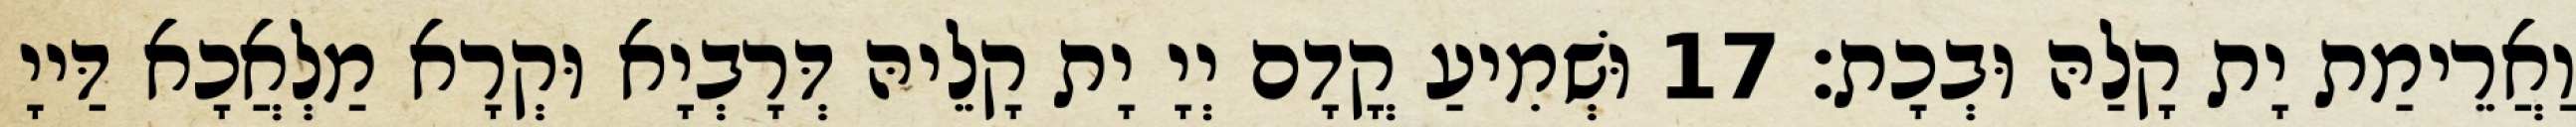
וַאֲרֵימַת יָת קָלַהּ וּבְכָת׃ 17 וּשְׁמִיעַ קֳדָם יְיָ יָת קָלֵיהּ דְּרָבְיָא וּקְרָא מַלְאֲכָא דַּייָ